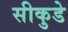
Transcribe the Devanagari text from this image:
सीकुडे